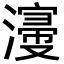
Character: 濅